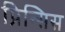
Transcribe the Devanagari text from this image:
प्रिन्सिस